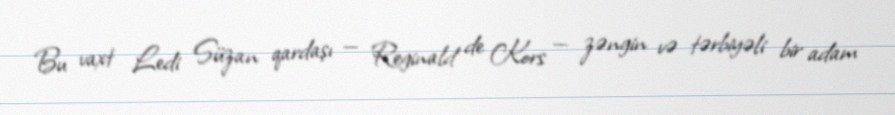
Bu vaxt Ledi Süzan qardaşı — Reginald de Kors — zəngin və tərbiyəli bir adam